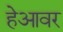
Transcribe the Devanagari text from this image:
हेआवर